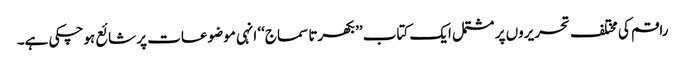
راقم کی مختلف تحریروں پر مشتمل ایک کتاب ’’بکھرتا سماج‘‘ انہی موضوعات پر شائع ہوچکی ہے۔